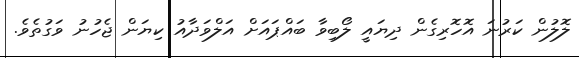
ލޮލުން ކަރުނަ އޮހޮރިގެން ދިޔައީ ލޯބިވާ ބައްޕައަށް އަލްވަދާއު ކިޔަން ޖެހުނު ވަގުތެވެ.